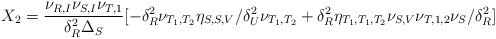
\begin{align*}\begin{aligned}X_2=\frac{\nu_{R,I}\nu_{S,I}\nu_{T,1}}{\delta_{R}^2\Delta_{S}}[-\delta_{R}^2\nu_{T_1,T_2}\eta_{S,S,V}/\delta_{U}^2\nu_{T_1,T_2}+\delta_{R}^2\eta_{T_1,T_1,T_2} \nu_{S,V}\nu_{T,1,2}\nu_{S}/\delta_{R}^2 ]\end{aligned}\end{align*}